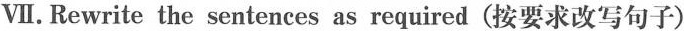
Ⅶ.Rewrite the sentences as required(按要求改写句子)